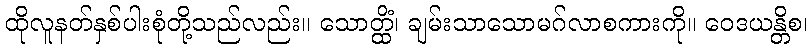
ထိုလူနတ်နှစ်ပါးစုံတို့သည်လည်း။ သောတ္ထိံ၊ ချမ်းသာသောမဂ်လာစကားကို။ ဝေဒယန္တိစ၊